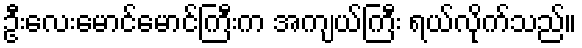
ဦးလေးမောင်မောင်ကြီးက အကျယ်ကြီး ရယ်လိုက်သည်။